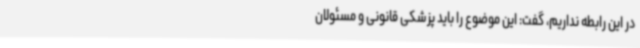
در این رابطه نداریم، گفت: این موضوع را باید پزشکی قانونی و مسئولان